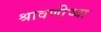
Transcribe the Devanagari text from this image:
श्रावणीच्या